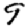
Digit: 9